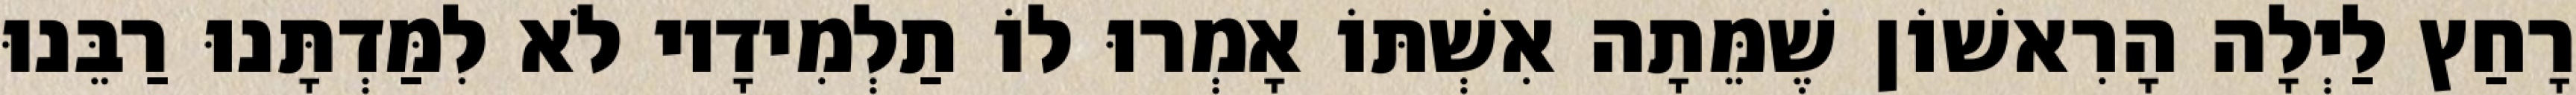
רָחַץ לַיְלָה הָרִאשׁוֹן שֶׁמֵּתָה אִשְׁתּוֹ אָמְרוּ לוֹ תַלְמִידָיו לֹא לִמַּדְתָּנוּ רַבֵּנוּ